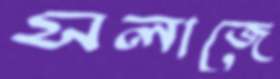
সলাজে